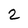
Character: 2